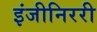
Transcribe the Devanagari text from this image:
इंजीनिररी